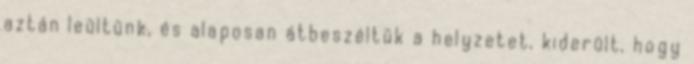
aztán leültünk, és alaposan átbeszéltük a helyzetet, kiderült, hogy